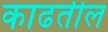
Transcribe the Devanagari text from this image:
काढतील